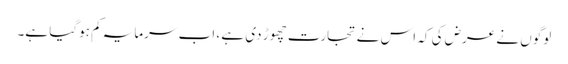
لوگوں نے عرض کی کہ اس نے تجارت چھوڑ دی ہے ، اب سرمایہ کم ہوگیا ہے۔